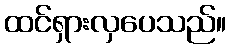
ထင်ရှားလှပေသည်။